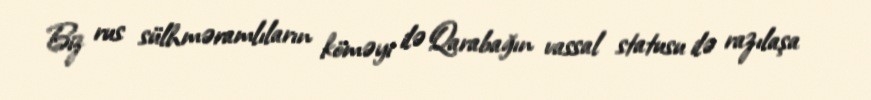
Biz rus sülhməramlıların köməyi ilə Qarabağın vassal statusu ilə razılaşa